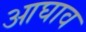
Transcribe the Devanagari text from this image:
आघाव